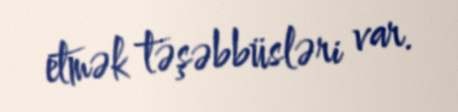
etmək təşəbbüsləri var.